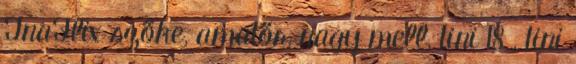
TnaFlix szőke, amatőr, nagy mell, tini 18 , tini